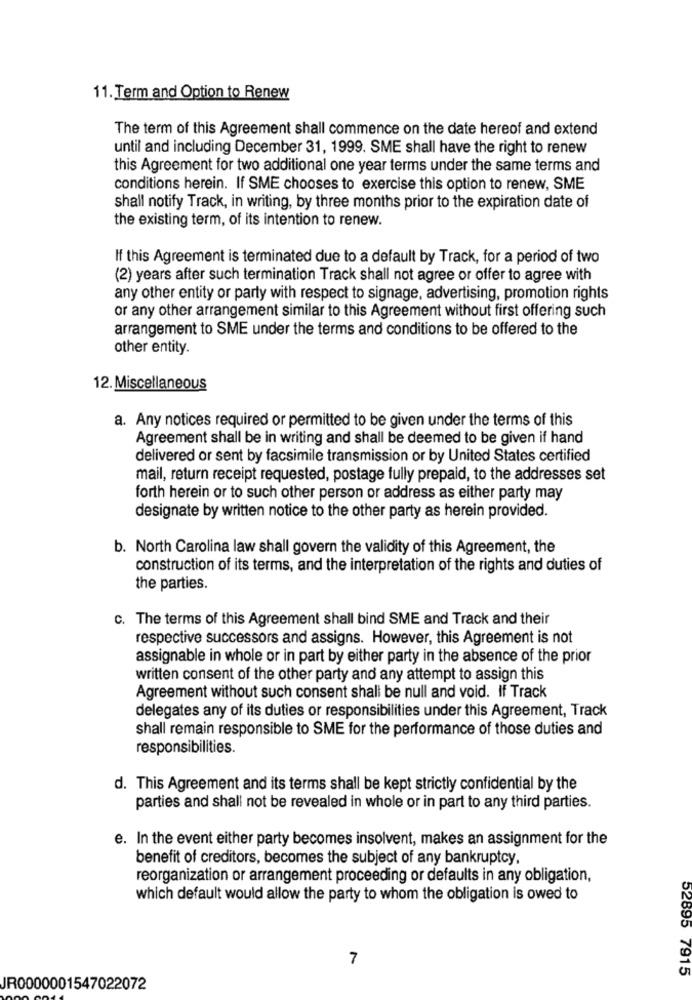
11. Term and Option to Renew
The term of this Agreement shall commence on the date hereof and extend
until and including December 31, 1999. SME shall have the right to renew
this Agreement for two additional one year terms under the same terms and
conditions herein. If SME chooses to exercise this option to renew, SME
shall notify Track, in writing, by three months prior to the expiration date of
the existing term, of its intention to renew.
If this Agreement is terminated due to a default by Track, for a period of two
(2) years after such termination Track shall not agree or offer to agree with
any other entity or party with respect to signage, advertising, promotion rights
or any other arrangement similar to this Agreement without first offering such
arrangement to SME under the terms and conditions to be offered to the
other entity.
12. Miscellaneous
a. Any notices required or permitted to be given under the terms of this
Agreement shall be in writing and shall be deemed to be given if hand
delivered or sent by facsimile transmission or by United States certified
mail, return receipt requested, postage fully prepaid, to the addresses set
forth herein or to such other person or address as either party may
designate by written notice to the other party as herein provided.
b. North Carolina law shall govern the validity of this Agreement, the
construction of its terms, and the interpretation of the rights and duties of
the parties.
c. The terms of this Agreement shall bind SME and Track and their
respective successors and assigns. However, this Agreement is not
assignable in whole or in part by either party in the absence of the prior
written consent of the other party and any attempt to assign this
Agreement without such consent shall be null and void. If Track
delegates any of its duties or responsibilities under this Agreement, Track
shall remain responsible to SME for the performance of those duties and
responsibilities.
d. This Agreement and its terms shall be kept strictly confidential by the
parties and shall not be revealed in whole or in part to any third parties.
e. In the event either party becomes insolvent, makes an assignment for the
benefit of creditors, becomes the subject of any bankruptcy.
reorganization or arrangement proceeding or defaults in any obligation,
which default would allow the party to whom the obligation is owed to
7
52895 7915
JR0000001547022072